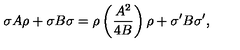
\sigma A \rho + \sigma B \sigma = \rho \left( { \frac { A ^ { 2 } } { 4 B } } \right) \rho + \sigma ^ { \prime } B \sigma ^ { \prime } ,